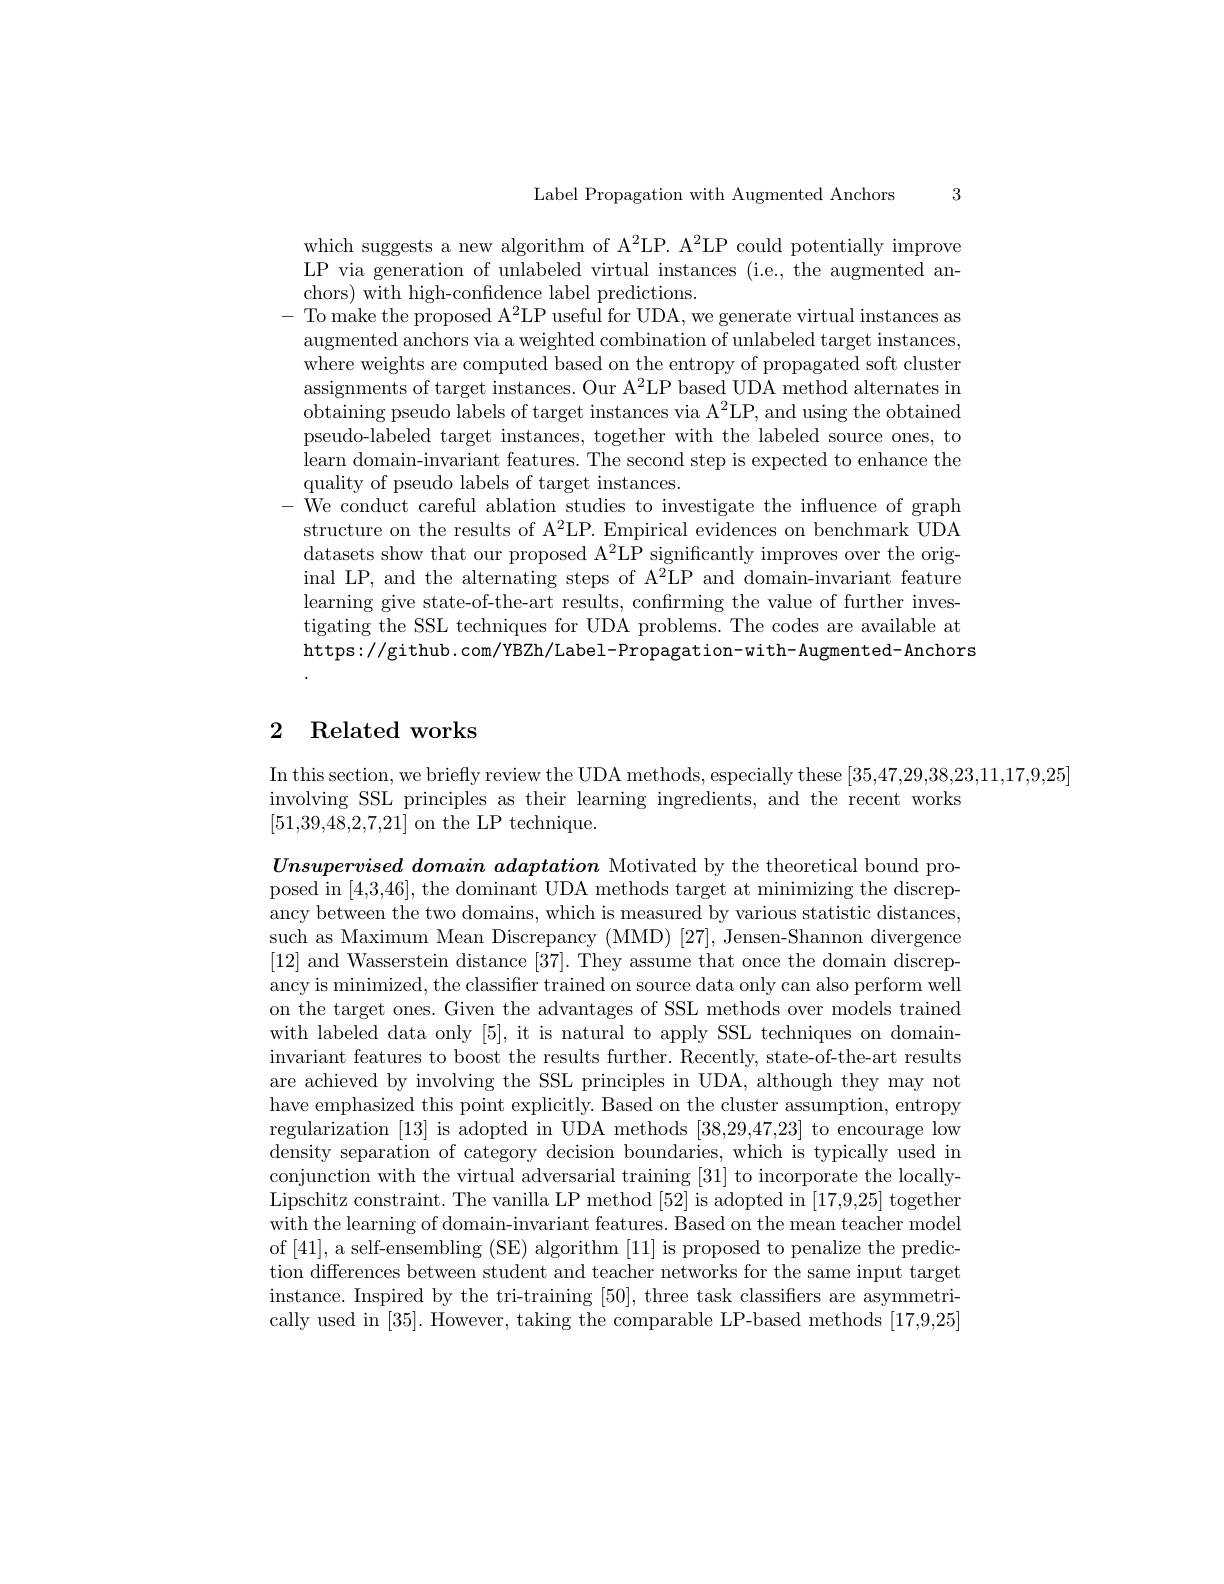
3

Label Propagation with Augmented Anchors

which suggests a new algorithm of A$^2$LP. A$^2$LP could potentially improve LP via generation of unlabeled virtual instances (i.e., the augmented anchors) with high-confidence label predictions.
- To make the proposed A$^2$LP useful for UDA, we generate virtual instances as
augmented anchors via a weighted combination of unlabeled target instances, where weights are computed based on the entropy of propagated soft cluster assignments of target instances. Our A$^2$LP based UDA method alternates in obtaining pseudo labels of target instances via A$^2$LP, and using the obtained pseudo-labeled target instances, together with the labeled source ones, to learn domain-invariant features. The second step is expected to enhance the quality of pseudo labels of target instances.
- We conduct careful ablation studies to investigate the influence of graph
structure on the results of A$^2$LP. Empirical evidences on benchmark UDA datasets show that our proposed A$^2$LP significantly improves over the original LP, and the alternating steps of A$^2$LP and domain-invariant feature learning give state-of-the-art results, confirming the value of further investigating the SSL techniques for UDA problems. The codes are available at https://github.com/YBZh/Label-Propagation-with-Augmented-Anchors

## 2 Related works

In this section, we briefly review the UDA methods, especially these [35,47,29,38,23,11,17,9,25]
involving SSL principles as their learning ingredients, and the recent works
[51,39,48,2,7,21] on the LP technique.

$Unsupervised\textit{ domain adaptation Motivated by the theoretical bound pro- }$ posed in [4,3,46], the dominant UDA methods target at minimizing the discrepancy between the two domains, which is measured by various statistic distances, such as Maximum Mean Discrepancy (MMD) [27], Jensen-Shannon divergence [12] and Wasserstein distance [37]. They assume that once the domain discrepancy is minimized, the classifier trained on source data only can also perform well on the target ones. Given the advantages of SSL methods over models trained with labeled data only [5], it is natural to apply SSL techniques on domaininvariant features to boost the results further. Recently, state-of-the-art results are achieved by involving the SSL principles in UDA, although they may not have emphasized this point explicitly. Based on the cluster assumption, entropy regularization [13] is adopted in UDA methods [38,29,47,23] to encourage low $\bar{\text{density separation of category decision boundaries, which is typically used in}}$ conjunction with the virtual adversarial training [31] to incorporate the locallyLipschitz constraint. The vanilla LP method [52] is adopted in [17,9,25] together with the learning of domain-invariant features. Based on the mean teacher model of [41],a self-ensembling (SE) algorithm [11] is proposed to penalize the prediction differences between student and teacher networks for the same input target instance. Inspired by the tri-training [50], three task classifiers are asymmetrically used in [35]. However, taking the comparable LP-based methods [17,9,25]